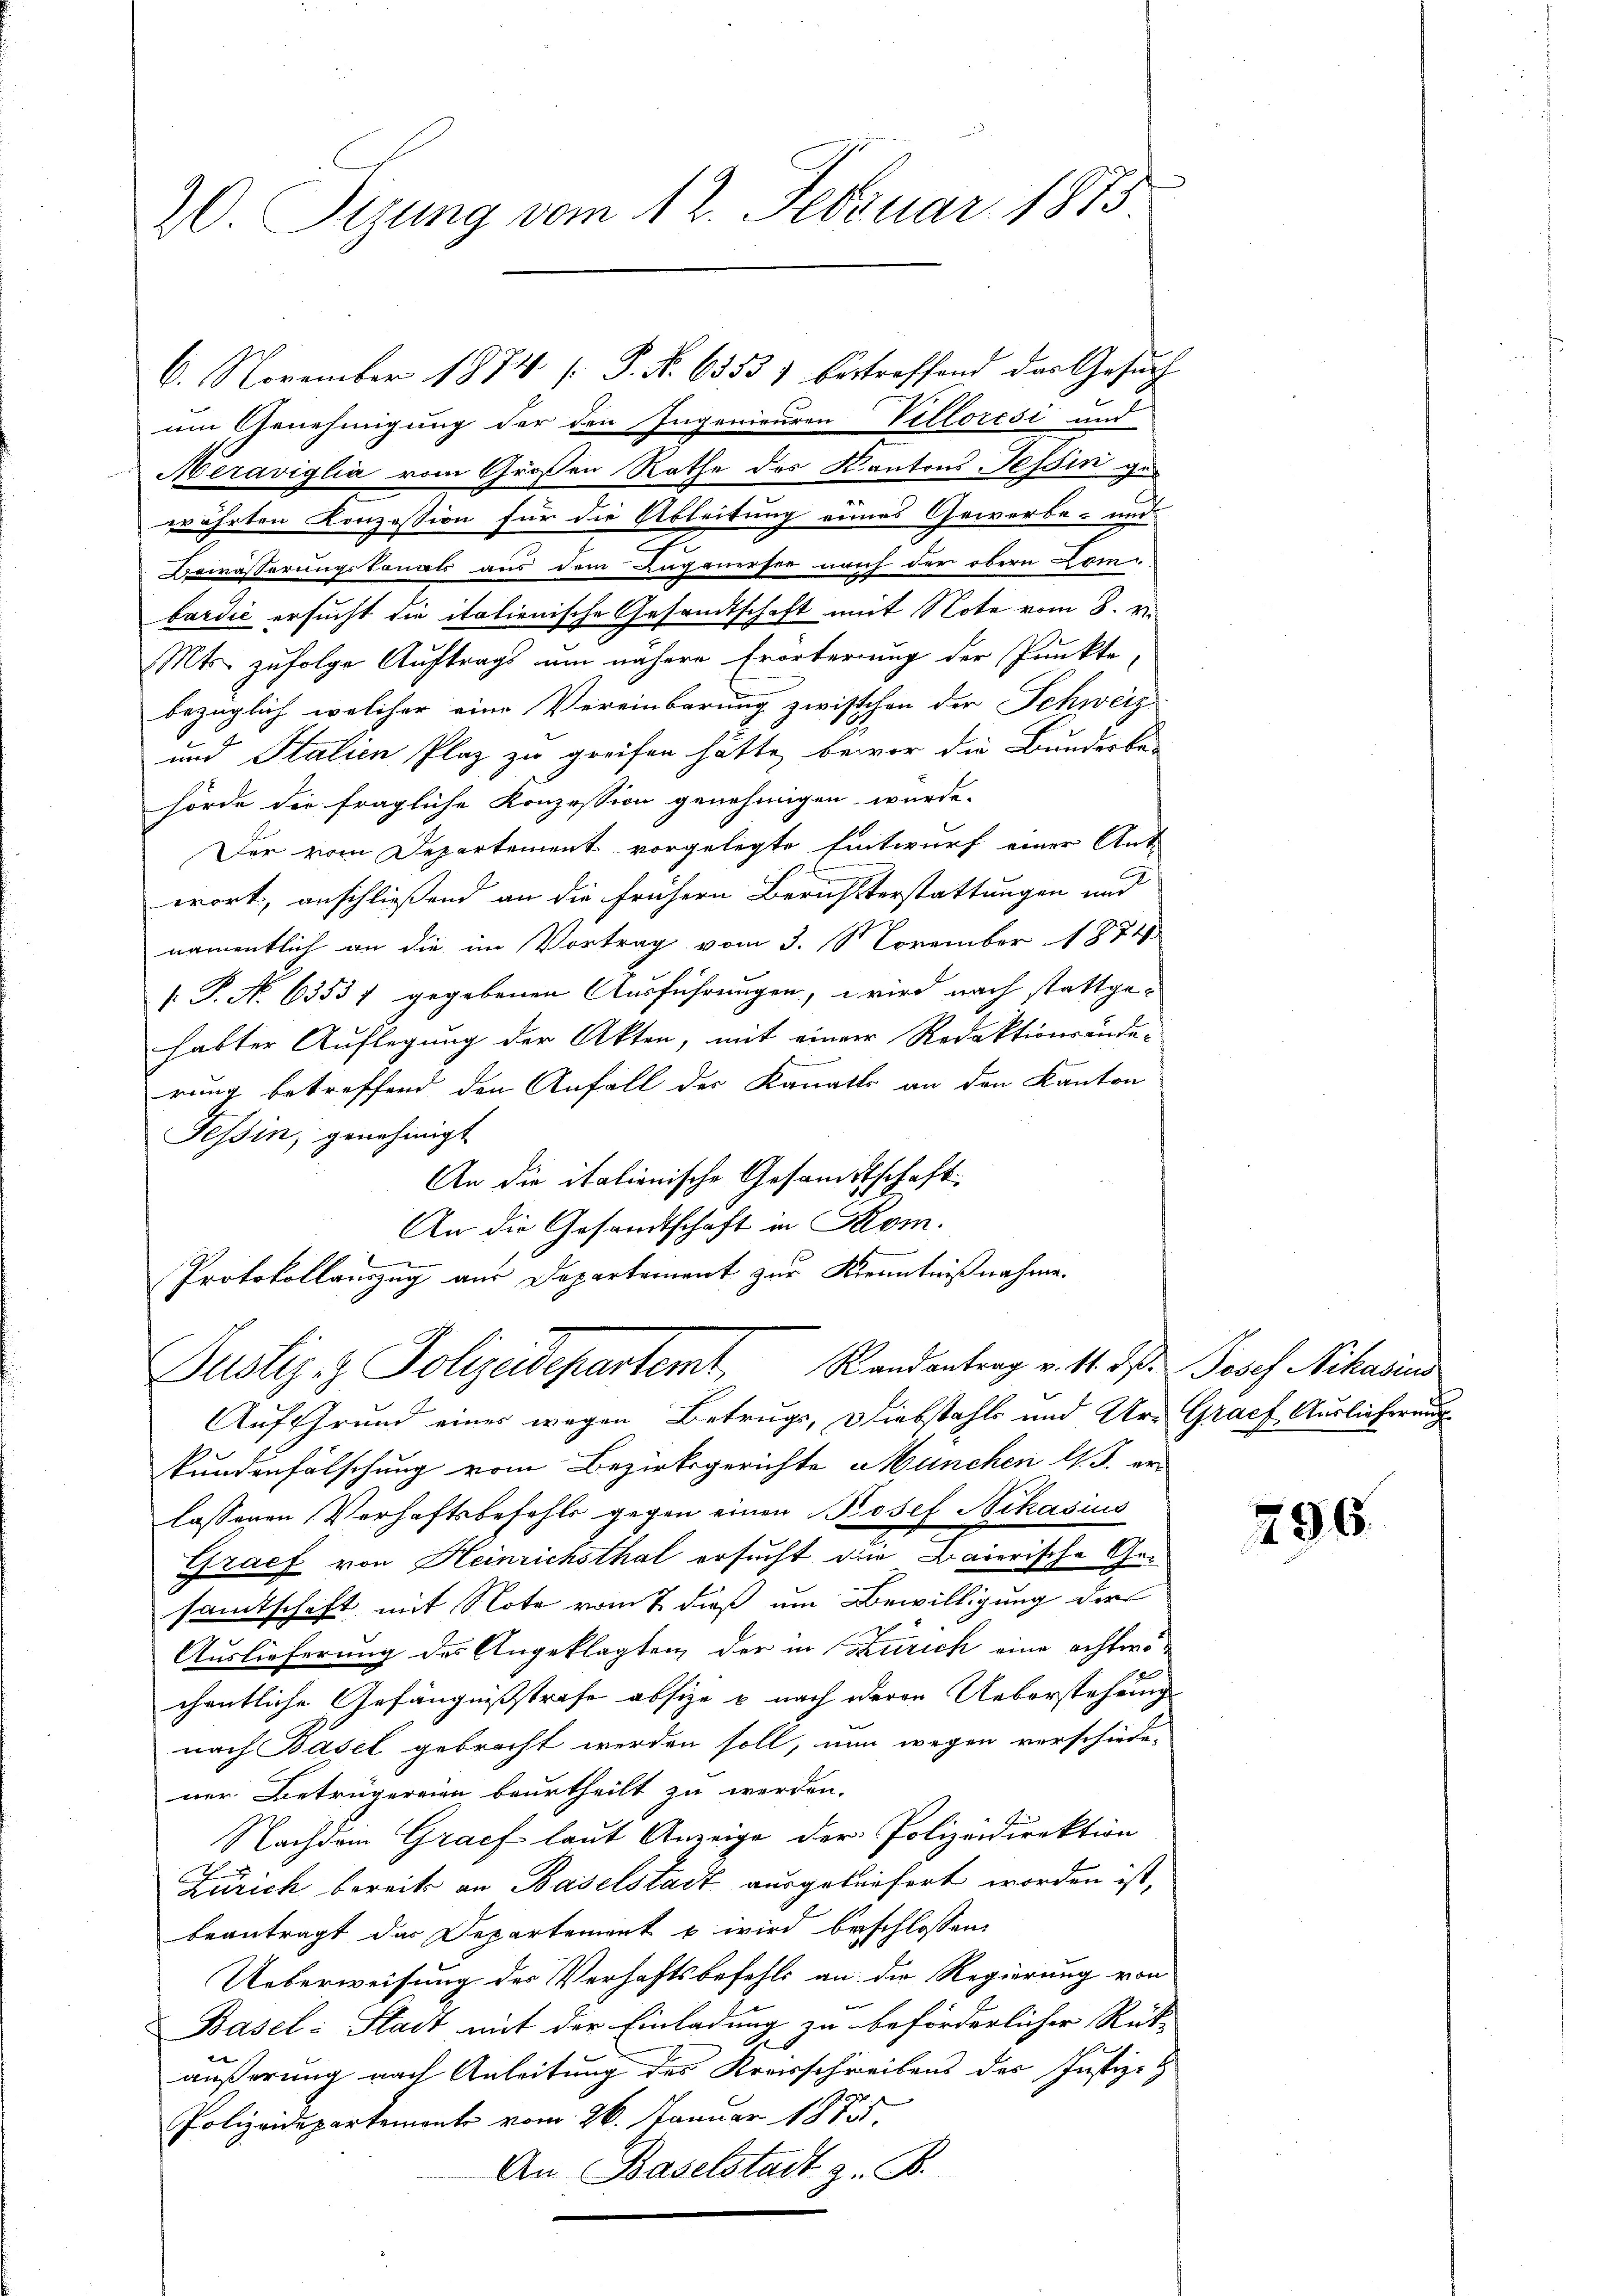
20. Sizung vom 12. Februar 1873.

6. November 1874 [ P. Nr. 65535 bestreffend das Gesuch
um Genehmigung der den Ingenieuren Villoresi und
Meraviglia vom Großen Rathe des Kantons Tessin gewrährten Konzession für die Ableitung eines Gewerbe- und
Bewässerungskonats aus dem Luganersee nach der obern Lom
bardić ersucht die italienische Gesandtschaft mit Note vom 8. v.
Mts. zufolge Auftrags um nähere Erörterung der Punkte,
bezüglich welcher eine Vereinbarung zwischen der Schweiz
und Italien Plaz zu greifen hätte, bevor die Bunderba-
hörde der fragliche Konzession genehmigen würde.
Der vom Departement vorgelegte Entwurf einer Ant
wort, anschliessend an die frühern Berichtterstattungen und
namentlich an die im Vortrag vom 3. 8. November 1874
[ P. No. 63537 gegebenen Ausführungen, wird nach stattgehabter Auflegung der Akten, mit einer Redaktionsände-
rung betreffend den Anfall der Kanalts an den Kanton
Tessin, genehmigt
An die italienische Gesandtschaft
An die Gesandtschaft in Som.
.
Protokollauszug aus Departement zur Kenntnißnahme.
Justiz & Polizeidepartemt, Randentrag v. 16. d. Josef Nikarius
Auf Grund einer wegen Betrugs, Diebstahls und Ur- Gracf Auslieferung
kundenfälschung vom Bezirksgerichte München l. J. er
lassenen Verhaftsbefehls gegen einen Posef Stekasius
Graef von Heinrichsthal ersucht die Baierische Gesamtschaft mit Note vom 7. dieß um Bewilligung der
Auslieferung des Angeklagten, der in Zürich eine achtwo
chentliche Gefängnißstrafe absize & nach deren Ueberstehung
nach Basel gebracht werden soll, nun wegen verschiede-
ner Betrügereien beurtheilt zu werden.
Nachdem Gracf laut Anzeige der Polizeidirektion
Zürich bereits an Baselstadt ausgeküefert worden ist,
beantragt das Departement u. wird beschlossen:
Ueberweisung des Verhaftsbefehls an der Regierung von
Basel-Stadt mit der Einladung zu beförderlicher Rück-
äußerung nach Anleitung des Kreisschreibens des Justiz- &
Polizeidepartements vom 26. Januar 1875.
An Baselstadt z. B.

296.